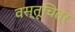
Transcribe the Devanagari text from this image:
वस्तूचित्र